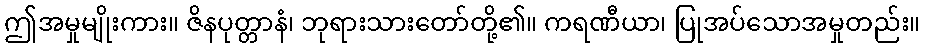
ဤအမှုမျိုးကား။ ဇိနပုတ္တာနံ၊ ဘုရားသားတော်တို့၏။ ကရဏီယာ၊ ပြုအပ်သောအမှုတည်း။